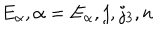
E _ { \alpha } , \alpha = E _ { \alpha } , j , j _ { 3 } , n